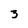
Character: 3